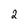
Character: 2